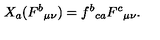
X _ { a } ( F ^ { b } { } _ { \mu \nu } ) = f ^ { b } { } _ { c a } F ^ { c } { } _ { \mu \nu } .